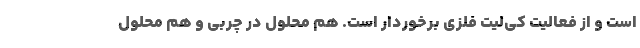
است و از فعالیت کی‌لیت فلزی برخوردار است. هم محلول در چربی و هم محلول